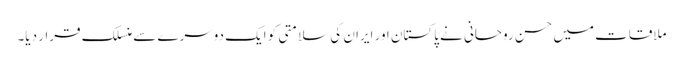
ملاقات میں حسن روحانی نے پاکستان اور ایران کی سلامتی کو ایک دوسرے سے منسلک قرار دیا۔